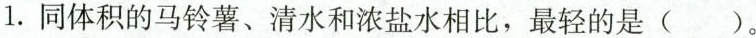
1.同体积的马铃薯、清水和浓盐水相比，最轻的是( )。